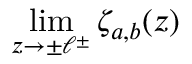
\displaystyle { \operatorname* { l i m } _ { z \rightarrow \pm \ell ^ { \pm } } \zeta _ { a , b } ( z ) }